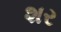
શર